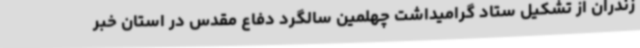
زندران از تشکیل ستاد گرامیداشت چهلمین سالگرد دفاع مقدس در استان خبر